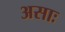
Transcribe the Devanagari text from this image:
असाः